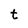
Character: t